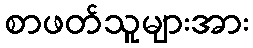
စာဖတ်သူများအား